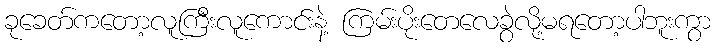
ခုခေတ်ကတော့လူကြီးလူကောင်းနဲ့ ကြမ်းပိုးတေလေခွဲလို့မရတော့ပါဘူးကွာ